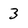
Character: 3